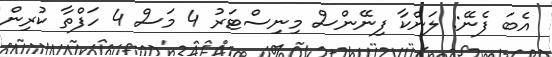
އެބަ ފެނޭ: ލަންކާ ފިނޭންސް މިނިސްޓަރު 4 މަސް 4 ހަފްތާ ކުރިން